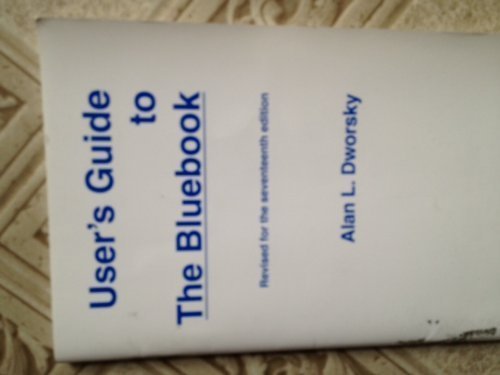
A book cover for User's Guide to the Bluebook; Alan L. Dworsky; Law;